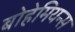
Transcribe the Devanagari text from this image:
बोहेमियन्स